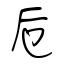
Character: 卮